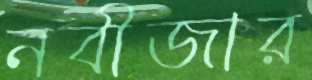
নবীজার